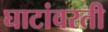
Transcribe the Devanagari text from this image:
घाटांवरती